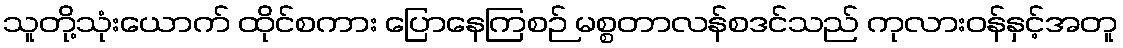
သူတို့သုံးယောက် ထိုင်စကား ပြောနေကြစဉ် မစ္စတာလန်စဒင်သည် ကုလားဝန်နှင့်အတူ